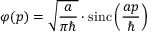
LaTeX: \varphi ( p ) = { \sqrt { \frac { a } { \pi \hbar } } } \cdot \operatorname { s i n c } \left( { \frac { a p } { \hbar } } \right)